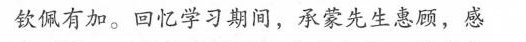
钦佩有加。回忆学习期间，承蒙先生惠顾，感